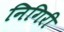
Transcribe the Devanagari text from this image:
निगिरी